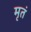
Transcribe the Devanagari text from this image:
मृतं